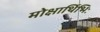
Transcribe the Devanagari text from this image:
मोक्षार्थिभिः